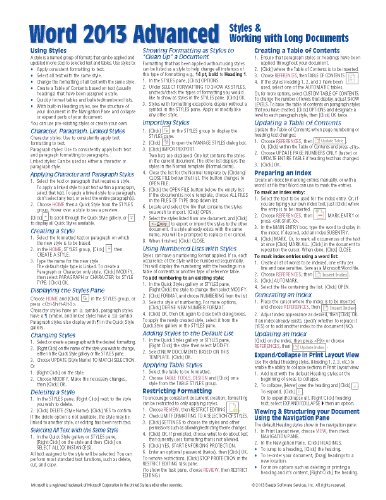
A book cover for Microsoft Word 2013 Advanced Quick Reference: Styles & Long Documents (Cheat Sheet of Instructions, Tips & Shortcuts - Laminated Card); Beezix Inc.; Computers & Technology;